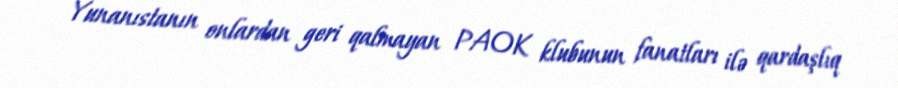
Yunanıstanın onlardan geri qalmayan PAOK klubunun fanatları ilə qardaşlıq